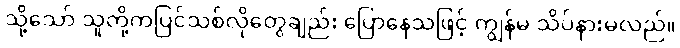
သို့သော် သူတို့ကပြင်သစ်လိုတွေချည်း ပြောနေသဖြင့် ကျွန်မ သိပ်နားမလည်။